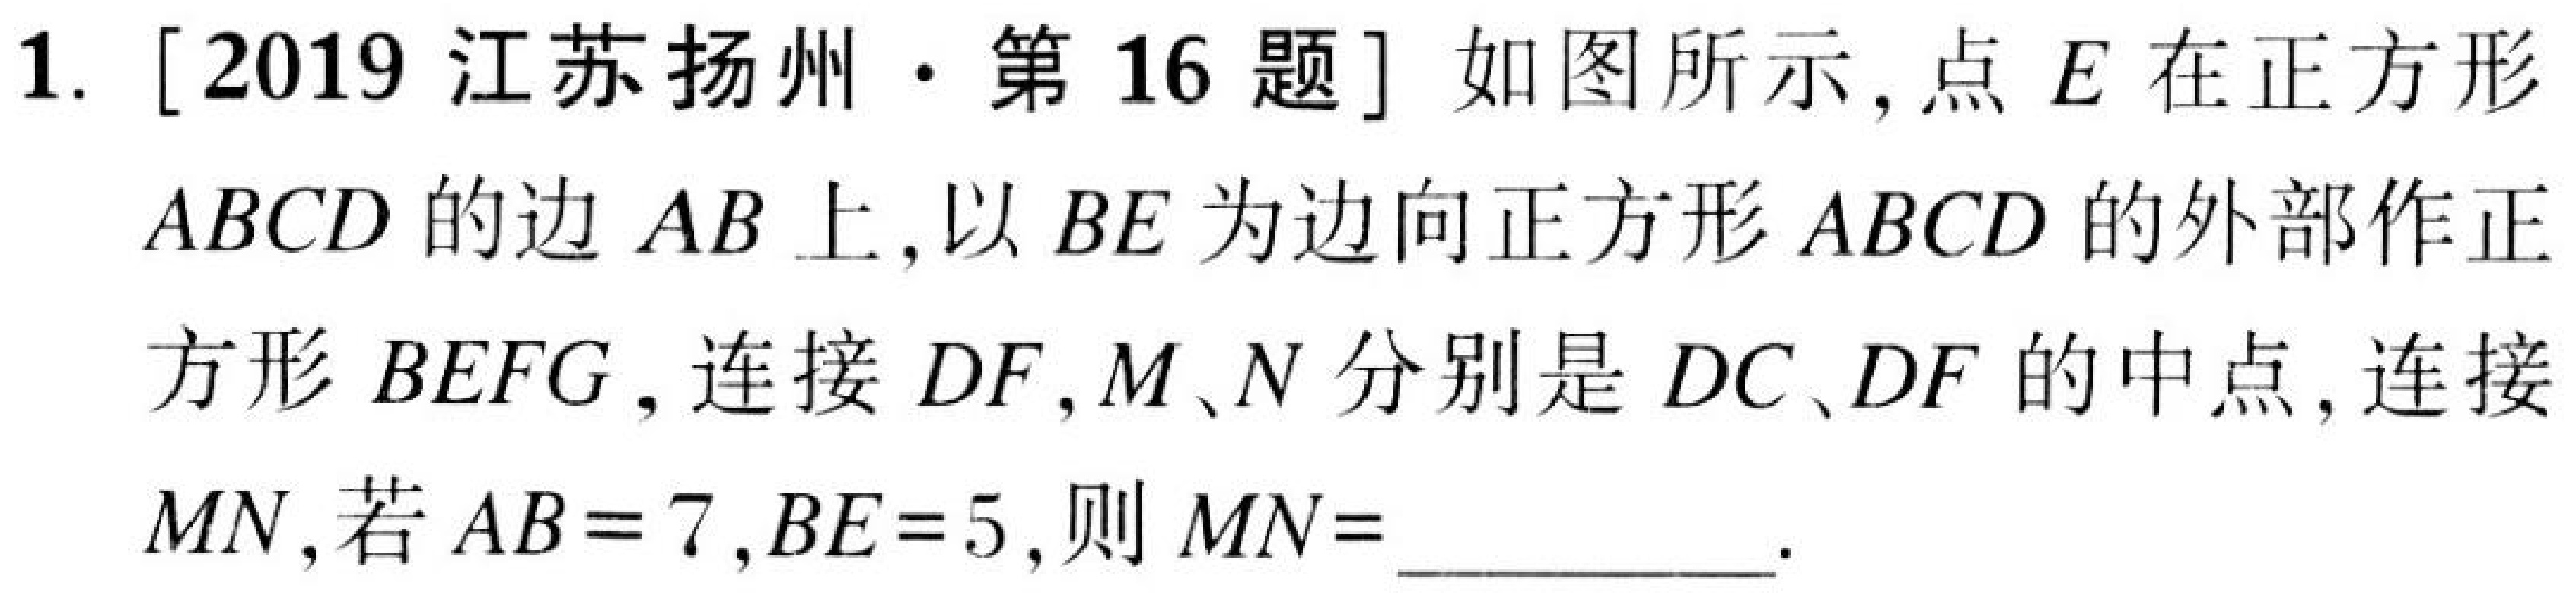
1. [2019江苏扬州·第16题] 如图所示,点$E$在正方形$ABCD$的边$AB$上,以$BE$为边向正方形$ABCD$的外部作正方形$BEFG$,连接$DF$,$M、N$分别是$DC、DF$的中点,连接$MN$,若$AB = 7,BE = 5$,则$MN=$ ____________.